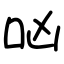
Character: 㕳